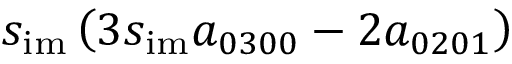
s _ { \mathrm { i m } } \left( 3 s _ { \mathrm { i m } } a _ { 0 3 0 0 } - 2 a _ { 0 2 0 1 } \right)